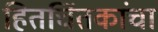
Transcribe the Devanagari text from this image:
हितचिंतकांचा